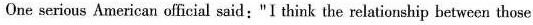
One serious American official said:"I think the relationship between those